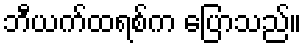
ဘီယက်ထရစ်က ပြောသည်။